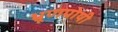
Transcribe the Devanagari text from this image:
भ्रूणपोषी